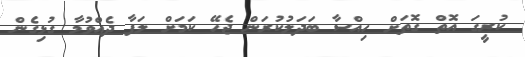
ކުރީގަ އޮތް ގޮތަށް ހިއްސާ ބަދަލުކުރަން ޖެހޭ ކަމަށް ލަފާ ދެއްވުމާ ގުޅިގެން